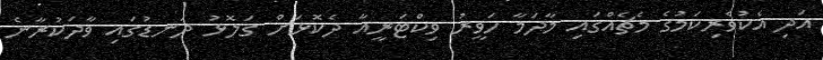
އަދި އެކުވެރިކަމުގެ މެޗެއްގައި މާދަމާ ހަވީރު ވިކްޓަރީއާ ދެކޮޅަށް ގަލޮޅު ދަނޑުގައި ވާދަކުރާނެ